65_HS1-834228961_62-HQ-83894_Section_2
Agency: FBI
Page 34
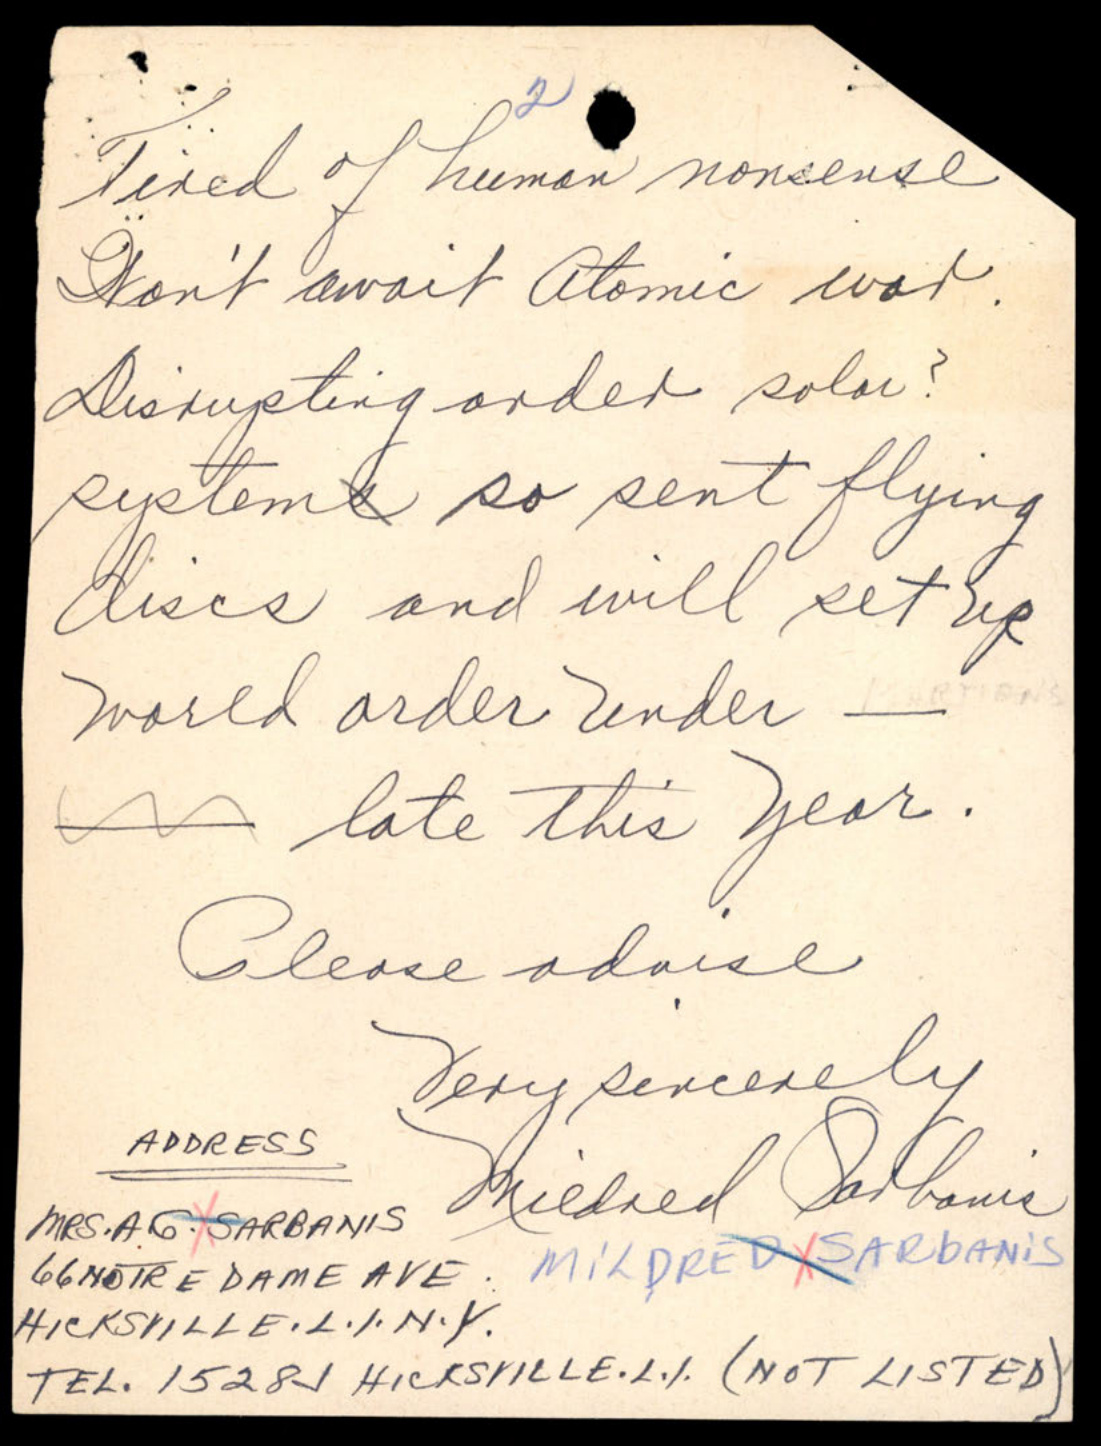